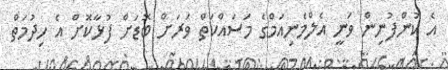
އެ ކުންފުނިން ވަނީ އެލްމެނިއަމްގެ މަސައްކަތް ވަރަށް ބޮޑަށް ފުޅާކޮށް އެ ހިދުމަތް